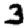
Digit: 3